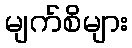
မျက်စိများ